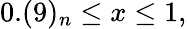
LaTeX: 0.(9)_{n}\leq x\leq 1,